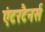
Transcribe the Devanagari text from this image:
एंटरटैनर्स